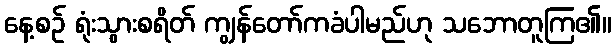
နေ့စဉ် ရုံးသွားစရိတ် ကျွန်တော်ကခံပါမည်ဟု သဘောတူကြ၏။